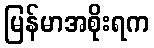
မြန်မာအစိုးရက